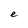
Character: e